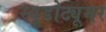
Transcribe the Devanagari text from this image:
स्यूडोट्यूमर